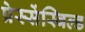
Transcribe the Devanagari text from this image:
प्रेस्सेंस्बिल्ड